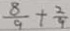
\frac { 8 } { 9 } + \frac { 2 } { 9 }